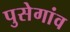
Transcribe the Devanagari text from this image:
पुसेगांव